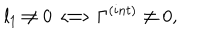
LaTeX: l _ { 1 } \not = 0 \Longleftrightarrow \Gamma ^ { ( i n t ) } \not = 0 , \nonumber